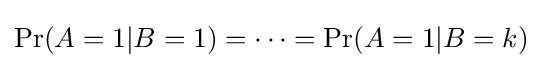
\Pr(A=1|B=1)=\cdots =\Pr(A=1|B=k)